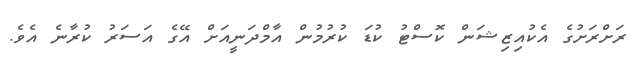
ރަށްރަށުގެ އެކުއިޒިޝަން ކޮސްޓު ކުޑަ ކުރުމުން އާމްދަނީއަށް އޭގެ އަސަރު ކުރާނެ އެވެ.